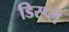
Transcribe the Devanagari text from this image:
डिस्‍प्‍ले